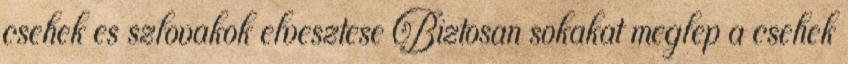
csehek es szlovakok elvesztese Biztosan sokakat meglep a csehek